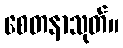
စေတနာသုတ်။